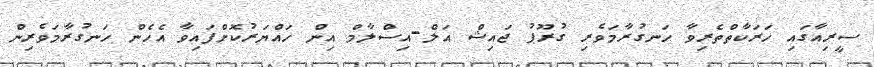
ސީރިއާގައި ހަރަކާތްތެރިވާ ހަނގުރާމަވެރި ގުރޫޕު ޖައިޝް އަލް-އިސްލާމް އިން ހައްޔަރުކޮށްފައިވާ އެހެން ހަނގުރާމަވެރިން